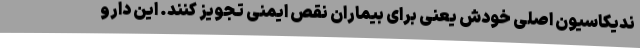
ندیکاسیون اصلی خودش یعنی برای بیماران نقص ایمنی تجویز کنند. این دارو